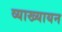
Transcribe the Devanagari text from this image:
व्याख्यायन